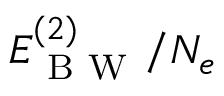
E _ { \mathrm { ~ B ~ W ~ } } ^ { ( 2 ) } / N _ { e }